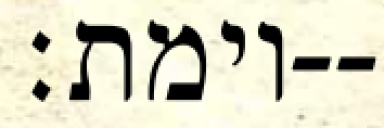
וימת׃--